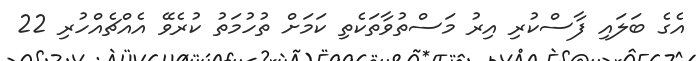
އެގެ ބަލައި ފާސްކުރި އިރު މަސްތުވާތަކެތި ކަމަށް ތުހުމަތު ކުރެވޭ އެއްޗެއްހުރި 22